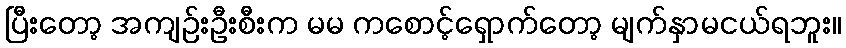
ပြီးတော့ အကျဉ်းဦးစီးက မမ ကစောင့်ရှောက်တော့ မျက်နှာမငယ်ရဘူး။